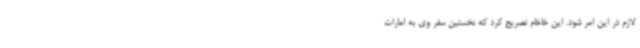
لازم در این امر شود. این خاخام تصریح کرد که نخستین سفر وی به امارات